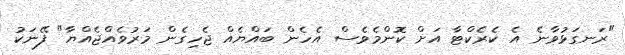
"ރަނގަޅުވާނެ އެ ކެރެކްޓާ އަށް ކޮންމެވެސް އެހެން ބައްޔެއް ޖެހިގެން މަރުވެއްޖެއްޔާ" ފޭނަކު